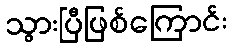
သွားပြီဖြစ်ကြောင်း